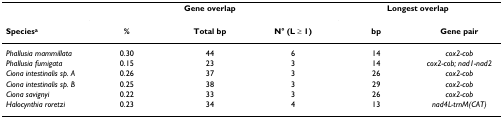
|  | <COLSPAN=3> Gene overlap | <COLSPAN=2> Longest overlap |
 | Speciesa | % | Total bp | N° (L ≥ 1) | bp | Gene pair |
 | --- | --- | --- | --- | --- | --- |
 | Phallusia mammillata | 0.30 | 44 | 6 | 14 | cox2-cob |
 | Phallusia fumigata | 0.15 | 23 | 3 | 14 | cox2-cob; nad1-nad2 |
 | Ciona intestinalis sp. A | 0.26 | 37 | 3 | 26 | cox2-cob |
 | Ciona intestinalis sp. B | 0.25 | 38 | 3 | 29 | cox2-cob |
 | Ciona savignyi | 0.22 | 33 | 3 | 26 | cox2-cob |
 | Halocynthia roretzi | 0.23 | 34 | 4 | 13 | nad4L-trnM(CAT) |